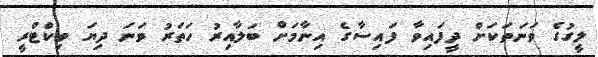
ލީގުގެ ވަނަތަކަށް ދީފައިވާ ފައިސާގެ އިނާމަށް ބަލާއިރު ހަތަރު ވަނަ ދިޔަ ވިކްޓްރީ